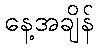
နေ့အချိန်